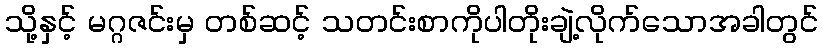
သို့နှင့် မဂ္ဂဇင်းမှ တစ်ဆင့် သတင်းစာကိုပါတိုးချဲ့လိုက်သောအခါတွင်